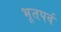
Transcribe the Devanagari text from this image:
भूतपर्व